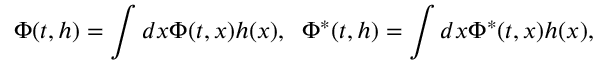
\Phi ( t , h ) = \int d x \Phi ( t , x ) h ( x ) , \; \; \Phi ^ { * } ( t , h ) = \int d x \Phi ^ { * } ( t , x ) h ( x ) ,